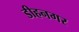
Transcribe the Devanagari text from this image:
डीहनगर